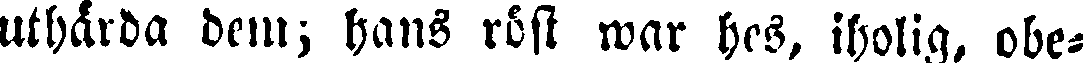
uthärda dem; hans röst war hes, iholig, obe-